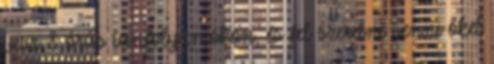
vesz 8 órás tanfolyamokon, és fel szeretné venni őket